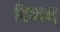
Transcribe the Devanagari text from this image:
दिव्यन्